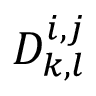
D _ { k , l } ^ { i , j }